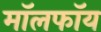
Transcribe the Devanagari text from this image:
मॉलफॉय